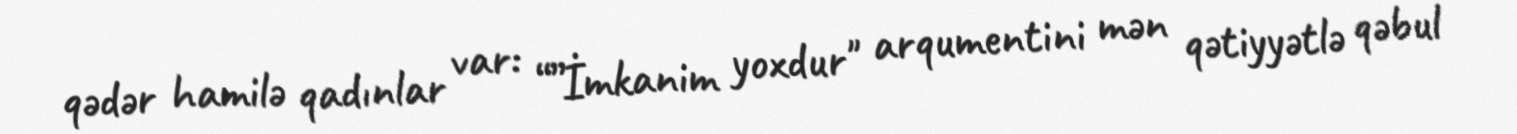
qədər hamilə qadınlar var: “”İmkanim yoxdur" arqumentini mən qətiyyətlə qəbul